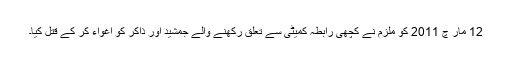
12 مار چ 2011 کو ملزم نے کچھی رابطہ کمیٹی سے تعلق رکھنے والے جمشید اور ذاکر کو اغواء کر کے قتل کیا۔